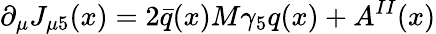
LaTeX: \partial_{\mu}J_{\mu 5}(x)=2\bar{q}(x)M\gamma_{5}q(x)+A^{II}(x)